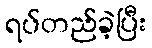
ရပ်တည်ခဲ့ပြီး